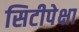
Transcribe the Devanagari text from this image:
सिटीपेक्षा